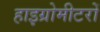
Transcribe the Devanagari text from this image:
हाइग्रोमीटरों